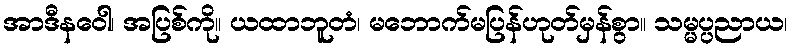
အာဒီနဝေါ၊ အပြစ်ကို။ ယထာဘူတံ၊ မဘောက်မပြန်ဟုတ်မှန်စွာ။ သမ္မပ္ပညာယ၊